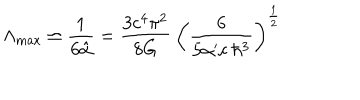
\Lambda _ { \max } \simeq \frac { 1 } { 6 \hat { \alpha } } = \frac { 3 c ^ { 4 } \pi ^ { 2 } } { 8 G } \: \left( \frac { 6 } { 5 \alpha ^ { \prime } c \: \hbar ^ { 3 } } \right) ^ { \frac { 1 } { 2 } }